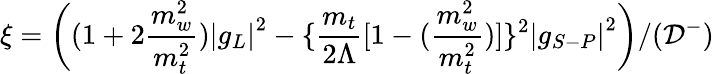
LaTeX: \xi=\left((1+2\frac{m_{w}^{2}}{m_{t}^{2}})\left|g_{L}\right|^{2}-\{ \frac{m_{t}}{2\Lambda}[1-(\frac{m_{w}^{2}}{m_{t}^{2}})]\} ^{2}\left|g_{S-P}\right|^{2}\right)/({\cal D}^{-})